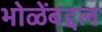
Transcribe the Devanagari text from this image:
भोळेंबद्दल